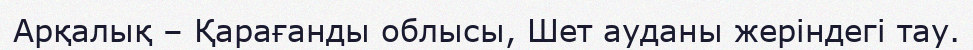
Арқалық – Қарағанды облысы, Шет ауданы жеріндегі тау.